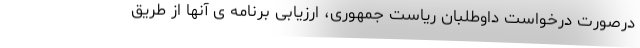
درصورت درخواست داوطلبان ریاست جمهوری، ارزیابی برنامه ی آنها از طریق